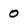
Character: o